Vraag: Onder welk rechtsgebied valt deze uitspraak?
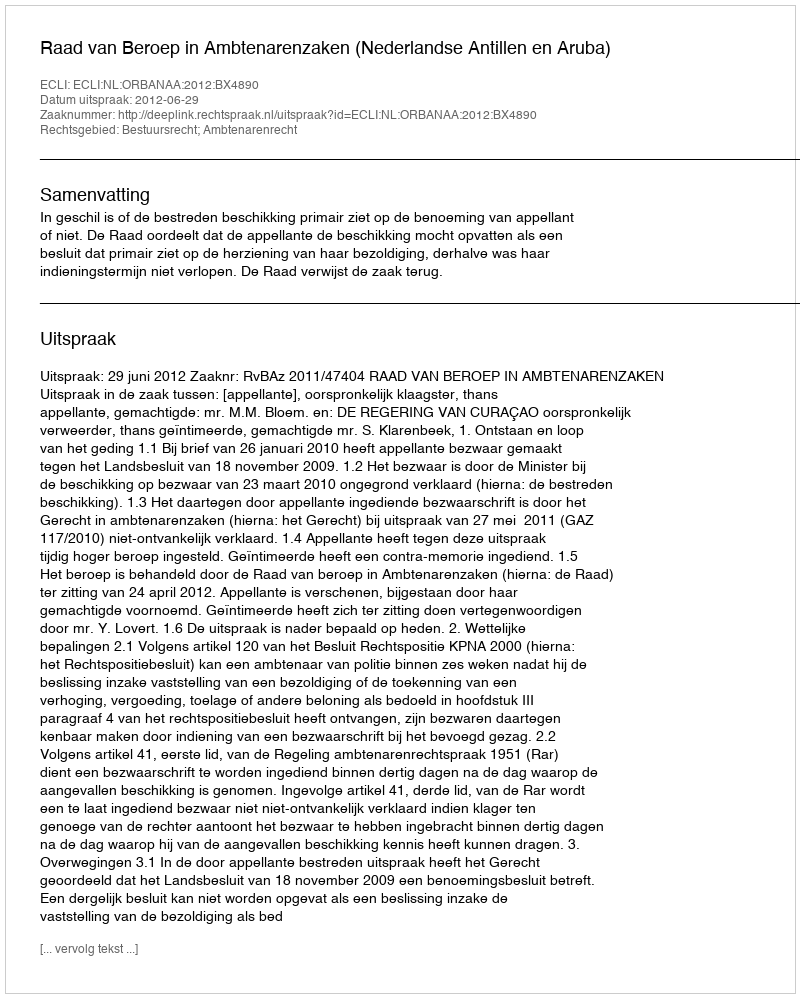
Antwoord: Bestuursrecht; Ambtenarenrecht